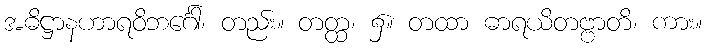
အဓိဋ္ဌာနဟာရဝိဘင်္ဂေါ၊ တည်း။ တတ္ထ၊ ၌။ တထာ ဓာရယိတဗ္ဗာတိ၊ ကား။